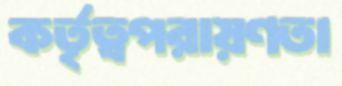
কর্তৃত্বপরায়ণতা